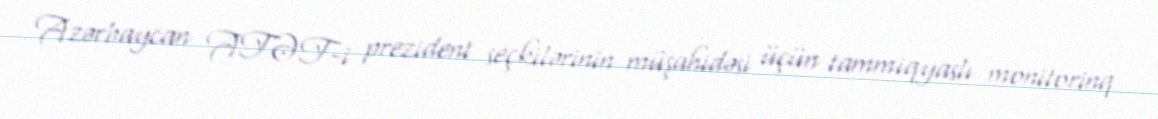
Azərbaycan ATƏT-i prezident seçkilərinin müşahidəsi üçün tammiqyaslı monitorinq